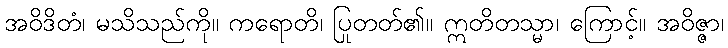
အဝိဒိတံ၊ မသိသည်ကို။ ကရောတိ၊ ပြုတတ်၏။ ဣတိတသ္မာ၊ ကြောင့်။ အဝိဇ္ဇာ၊